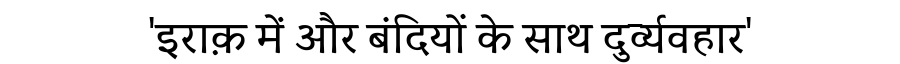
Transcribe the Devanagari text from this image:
'इराक़ में और बंदियों के साथ दुर्व्यवहार'